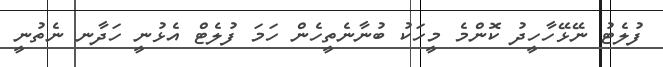
ފުލެޓު ނޭޅޭހާހީދު ކޮންމެ މީހަކު ބުނާނެތީހެން ހަމަ ފުލެޓް އެޅުނީ ހަދާނ ނެތުނީ